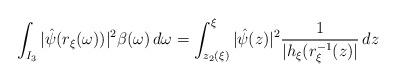
LaTeX: \begin{align*}\int_{I_3} | \hat{\psi}(r_{\xi}(\omega)) |^2 \beta(\omega) \, d\omega = \int_{z_2(\xi)}^{\xi} | \hat{\psi}(z) |^2 \frac{1}{| h_{\xi}(r_{\xi}^{-1}(z) |} \,dz\end{align*}